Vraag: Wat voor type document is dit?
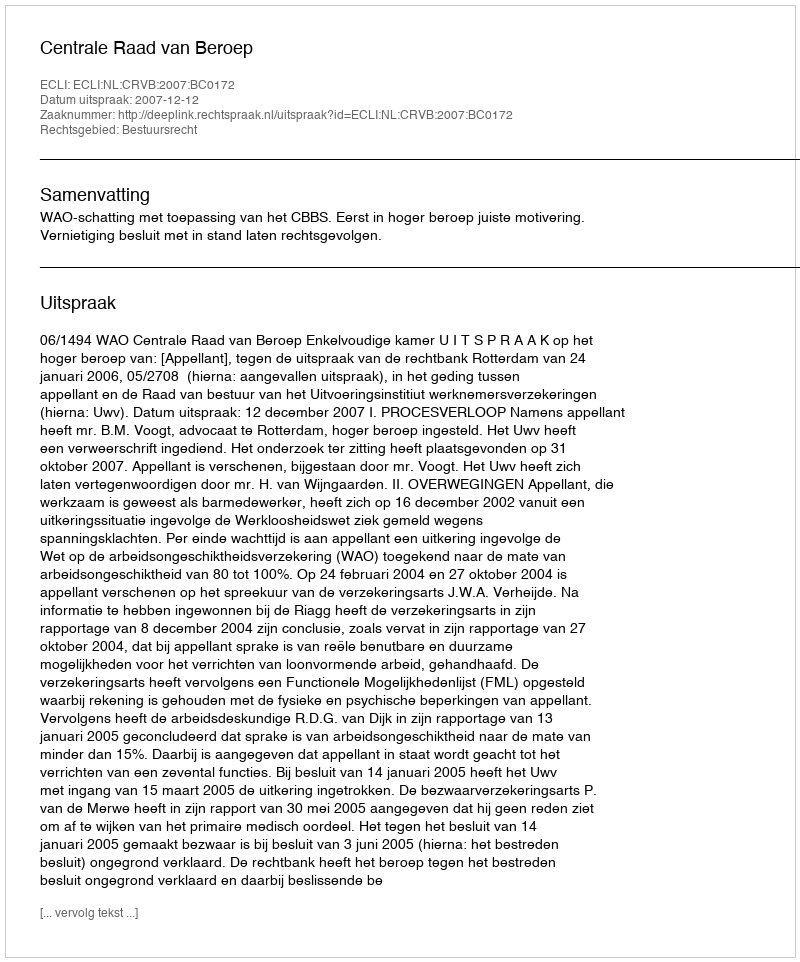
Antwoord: Uitspraak